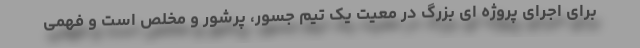
برای اجرای پروژه ای بزرگ در معیت یک تیم جسور، پرشور و مخلص است و فهمی